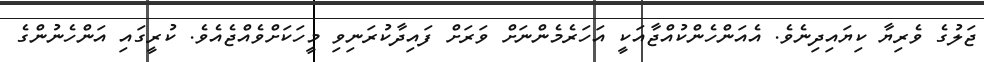
ޖަލުގެ ވެރިޔާ ކިޔައިދިނެވެ. އެއަންހެންކުއްޖާއަކީ އަހަރެމެންނަށް ވަރަށް ފައިދާކުރަނިވި މީހަކަށްވެއްޖެއެވެ. ކުރީގައި އަންހެނުންގެ